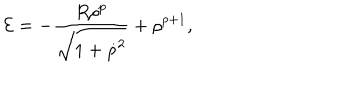
{ \cal E } = - \frac { R { \rho } ^ { p } } { \sqrt { 1 + { \dot { \rho } } ^ { 2 } } } + { \rho } ^ { p + 1 } ,